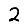
Digit: 2